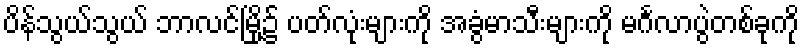
ပိန်သွယ်သွယ် ဘာလင်မြို့၌ ပတ်လုံးများကို အခွံမာသီးများကို မင်္ဂလာပွဲတစ်ခုကို